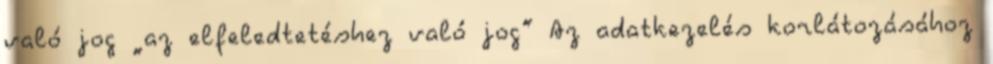
való jog „az elfeledtetéshez való jog” Az adatkezelés korlátozásához